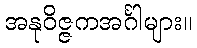
အနုဝိဇ္ဇကအင်္ဂါများ။